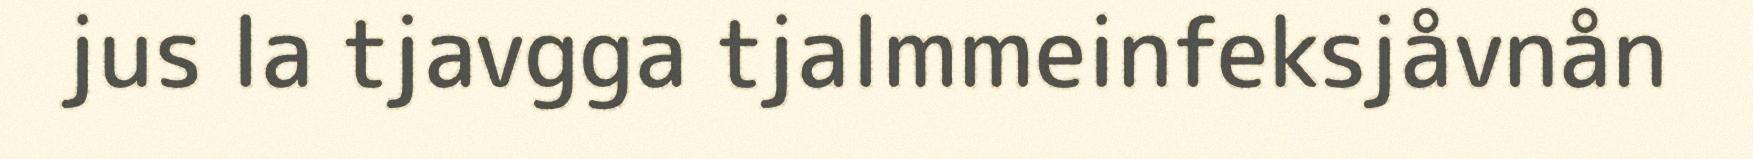
jus la tjavgga tjalmmeinfeksjåvnån